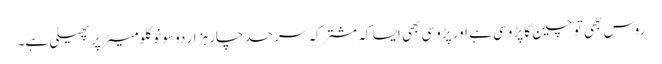
روس بھی تو چین کا پڑوسی ہے اور پڑوسی بھی ایسا کہ مشترکہ سرحد چار ہزار دو سو نو کلومیٹر پر پھیلی ہے۔